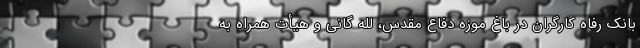
بانک رفاه کارگران در باغ موزه دفاع مقدس، لله ‌گانی و هیأت همراه به